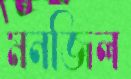
মনজিল